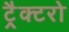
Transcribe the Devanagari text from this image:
ट्रैक्टरो